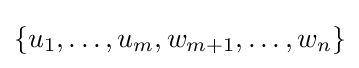
\{u_{1},\ldots ,u_{m},w_{m+1},\ldots ,w_{n}\}